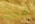
حدث